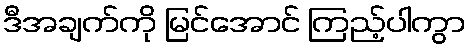
ဒီအချက်ကို မြင်အောင် ကြည့်ပါကွာ